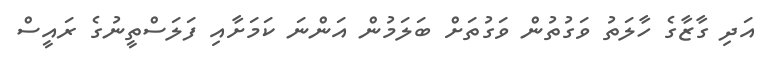
އަދި ގާޒާގެ ހާލަތު ވަގުތުން ވަގުތަށް ބަލަމުން އަންނަ ކަމަށާއި ފަލަސްތީނުގެ ރައީސް